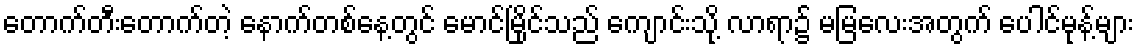
တောက်တီးတောက်တဲ့ နောက်တစ်နေ့တွင် မောင်မြိုင်သည် ကျောင်းသို့ လာရာ၌ မမြလေးအတွက် ပေါင်မုန့်များ